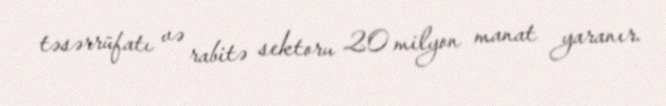
təsərrüfatı və rabitə sektoru 20 milyon manat yaranır.